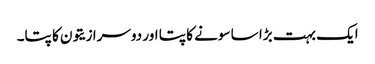
ایک بہت بڑا سا سونے کا پتا اور دوسرا زیتون کا پتا۔